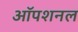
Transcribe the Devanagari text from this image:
ऑपशनल